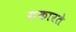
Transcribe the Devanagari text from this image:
सकारते